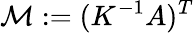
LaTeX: {\mathcal{M}}:=(K^{-1}A)^{T}